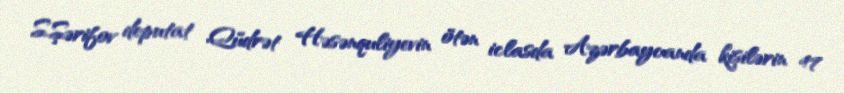
S.Şərifov deputat Qüdrət Həsənquliyevin ötən iclasda Azərbaycanda kişilərin 47